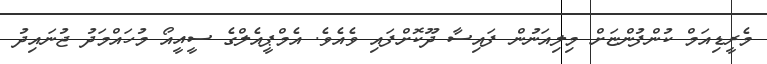
މެރީޑިއަމް ކުންފުންޏަށް މިލިއަނުން ފައިސާ ދޫކޮށްފައި ވެއެވެ. އެމްޕީއެލްގެ ސީއީއޯ މުހައްމަދު ޖުނައިދު